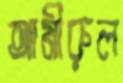
আমীরুল